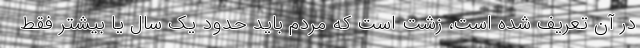
در آن تعریف شده است، زشت است که مردم باید حدود یک سال یا بیشتر فقط